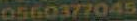
0560377045